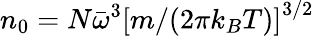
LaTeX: n_{0}=N\bar{\omega}^{3}\left[m/(2\pi k_{B}T)\right]^{3/2}